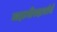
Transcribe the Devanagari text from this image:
जहागीरदारांचे